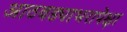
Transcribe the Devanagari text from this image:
आठवड्याभरापेक्षा